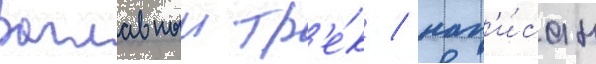
Заглавныи тр'е́к / нап'и́сан